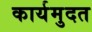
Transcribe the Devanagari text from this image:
कार्यमुदत